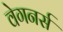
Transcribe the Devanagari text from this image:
वेगनर्स